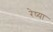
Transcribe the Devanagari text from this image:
रेष्या